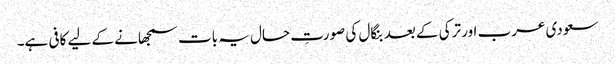
سعودی عرب اور ترکی کے بعد بنگال کی صورتِ حال یہ بات سمجھانے کے لیے کافی ہے۔